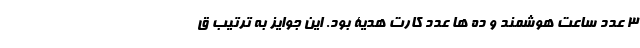
3 عدد ساعت هوشمند و ده ها عدد کارت هدیۀ بود. این جوایز به ترتیب ق